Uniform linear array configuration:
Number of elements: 4
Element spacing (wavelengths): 0.25
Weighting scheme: cosine
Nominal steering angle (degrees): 15
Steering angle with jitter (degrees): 14.291
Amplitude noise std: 0.05
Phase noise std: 0.05

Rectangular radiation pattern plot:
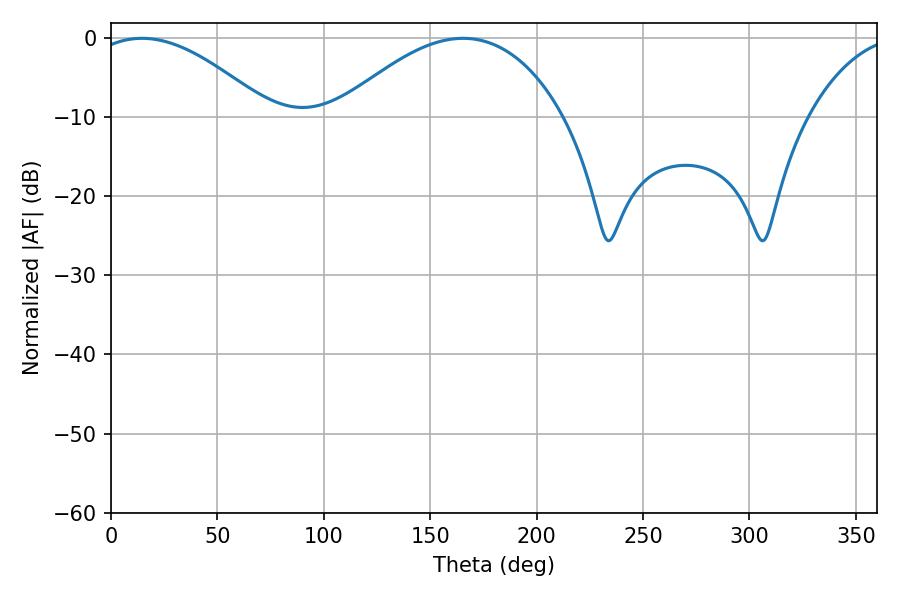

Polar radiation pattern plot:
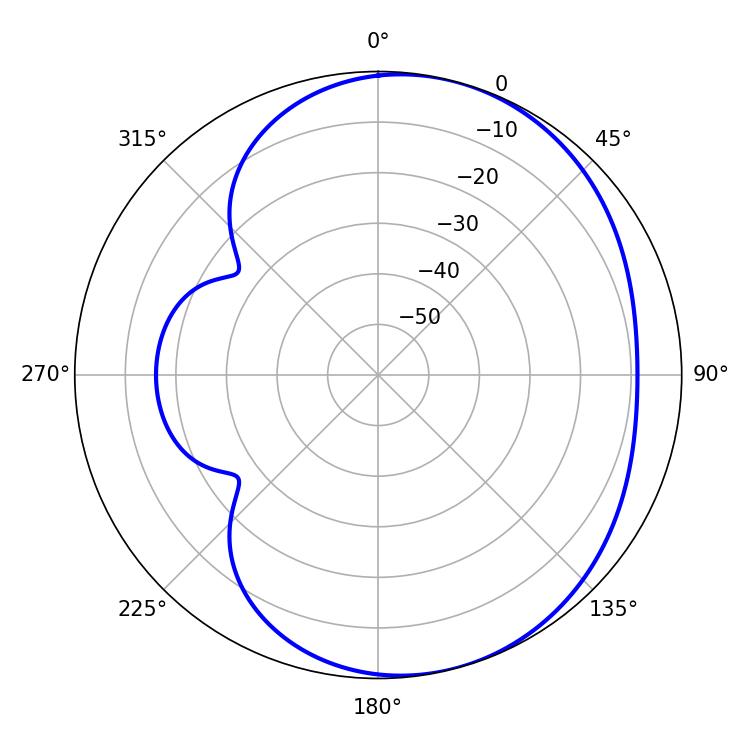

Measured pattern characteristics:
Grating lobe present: FALSE
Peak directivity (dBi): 4.673
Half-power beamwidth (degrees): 46.44
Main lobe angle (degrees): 14.58